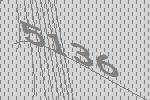
5136